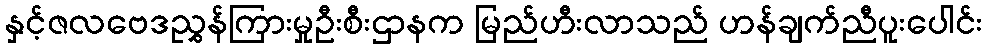
နှင့်ဇလဗေဒညွှန်ကြားမှုဦးစီးဌာနက မြည်ဟီးလာသည် ဟန်ချက်ညီပူးပေါင်း